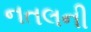
નતલની